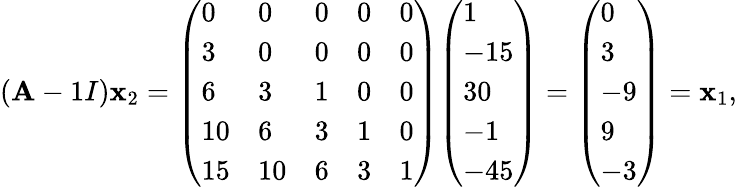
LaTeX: (\mathbf{A}-1I)\mathbf{{x}}_{2}={\left(\begin{array}{lllll}{0}&{0}&{0}&{0}&{0}\\ {3}&{0}&{0}&{0}&{0}\\ {6}&{3}&{1}&{0}&{0}\\ {10}&{6}&{3}&{1}&{0}\\ {15}&{10}&{6}&{3}&{1}\end{array}\right)}{\left(\begin{array}{l}{1}\\ {-15}\\ {30}\\ {-1}\\ {-45}\end{array}\right)}={\left(\begin{array}{l}{0}\\ {3}\\ {-9}\\ {9}\\ {-3}\end{array}\right)}=\mathbf{{x}}_{1},